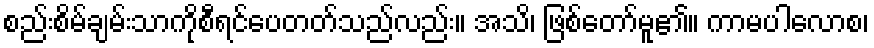
စည်းစိမ်ချမ်းသာကိုစီရင်ပေတတ်သည်လည်း။ အသိ၊ ဖြစ်တော်မူ၏။ ကာမပါလောစ၊